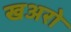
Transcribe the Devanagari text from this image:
खअरो